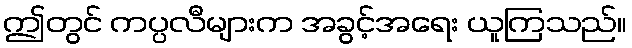
ဤတွင် ကပ္ပလီများက အခွင့်အရေး ယူကြသည်။